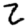
Digit: 2